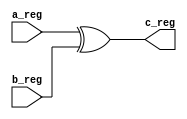

module xor_32(
    input [31:0] a_reg,
    input [31:0] b_reg,
    output [31:0] c_reg);

    //integer i;
    //for (i = 0; i < 32; i = i + 1)
    //    begin
    //        c_reg[i] = a_reg[i] ^ b_reg[i];
    //    end
    assign c_reg = a_reg ^ b_reg;

endmodule